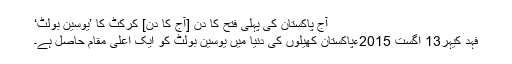
آج پاکستان کی پہلی فتح کا دن [آج کا دن] کرکٹ کا ’یوسین بولٹ‘
فہد کیہر13 اگست 2015ءپاکستان کھیلوں کی دنیا میں یوسین بولٹ کو ایک اعلیٰ مقام حاصل ہے۔